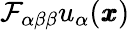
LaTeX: \mathcal{F}_{\alpha\beta\beta}u_{\alpha}({\pmb x})